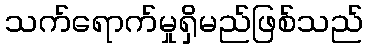
သက်ရောက်မှုရှိမည်ဖြစ်သည်